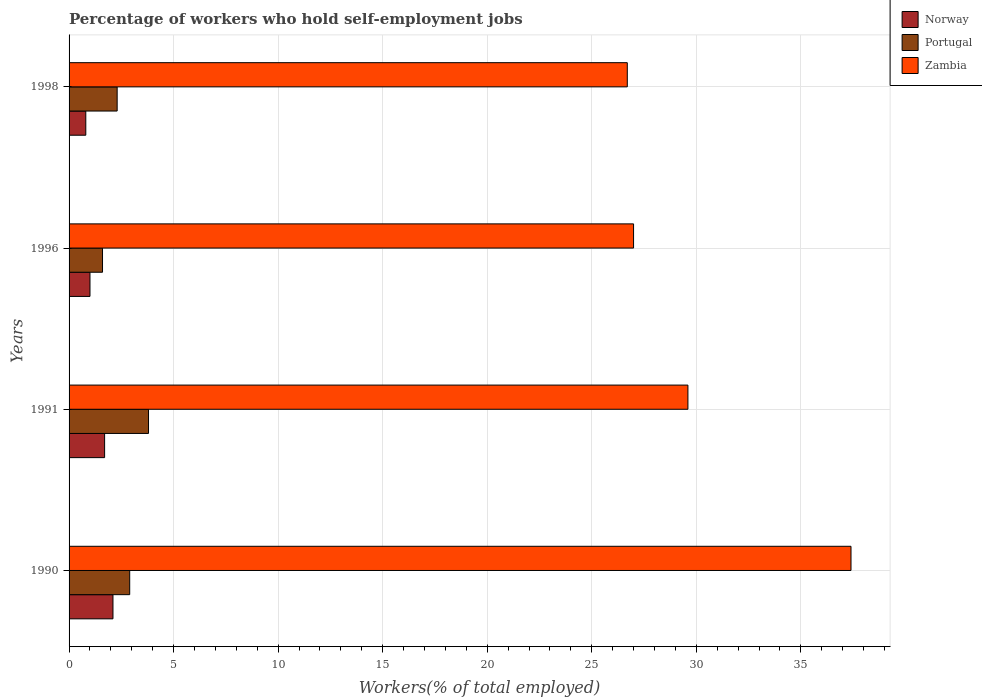
| Years | Norway | Portugal | Zambia |
 | --- | --- | --- | --- |
 | 1990 | 2.1 | 2.9 | 37.4 |
 | 1991 | 1.7 | 3.8 | 29.6 |
 | 1996 | 1 | 1.6 | 27 |
 | 1998 | 0.8 | 2.3 | 26.7 |